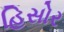
હિસોર